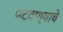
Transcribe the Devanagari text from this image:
पटवण्याचे